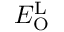
E _ { \mathrm { O } } ^ { \mathrm { L } }